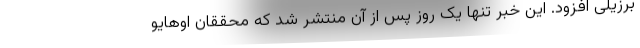
برزیلی افزود. این خبر تنها یک روز پس از آن منتشر شد که محققان اوهایو